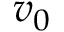
v _ { 0 }